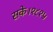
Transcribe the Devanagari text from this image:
सके।१८१५